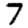
Digit: 7